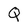
Character: Q